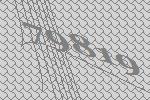
79819